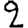
Digit: 2